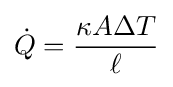
{\dot {Q}}={\frac {\kappa A\Delta T}{\ell }}